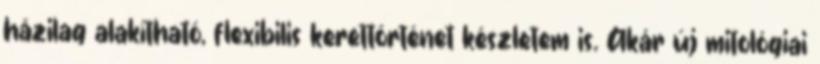
házilag alakítható, flexibilis kerettörténet készletem is. Akár új mitológiai